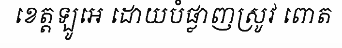
ខេត្តឡូអេ ដោយបំផ្លាញស្រូវ ពោត